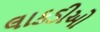
લાકડીઓ